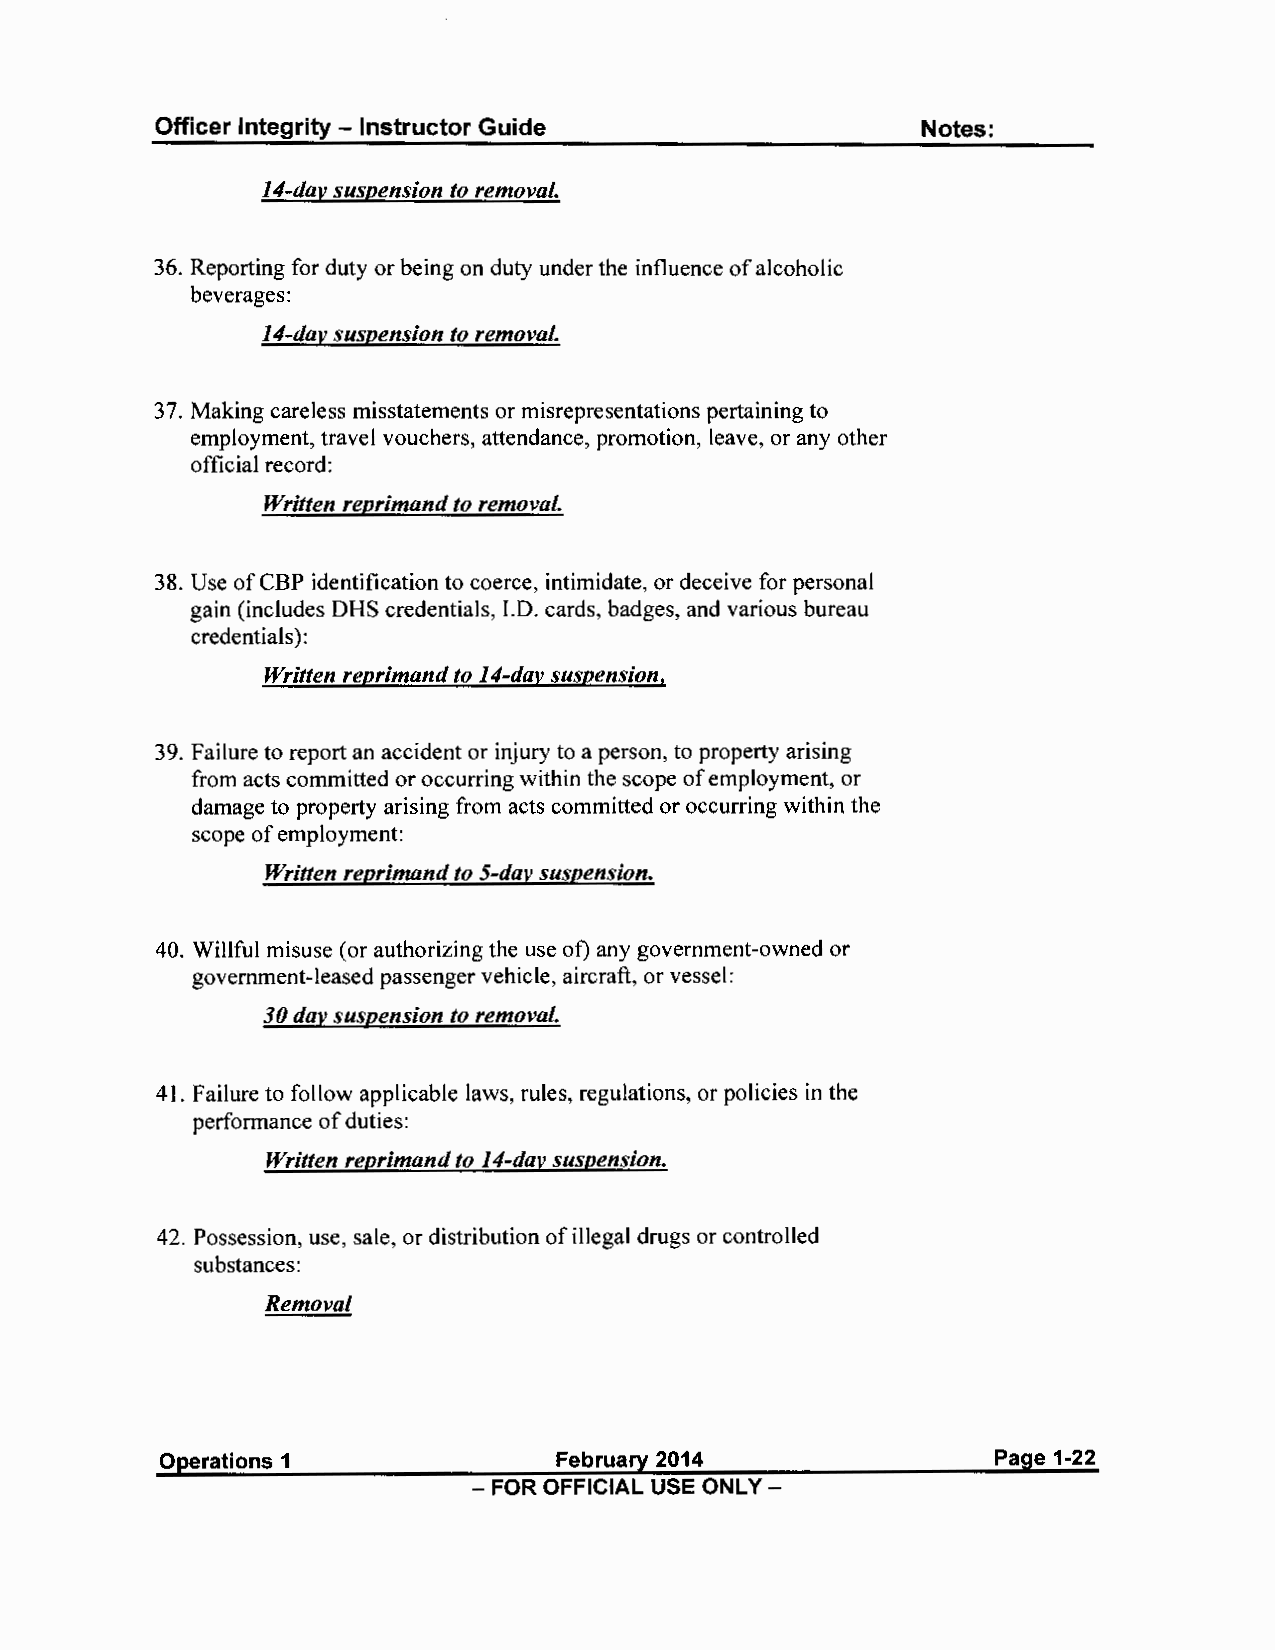
Officer Integrity - Instructor Guide               Notes:
 14-day suspension to removal.
 36. Reporting for duty or being on duty under the influence of alcoholic
 beverages:
 14-day suspension to removal.
 37. Making careless misstatements or misrepresentations pertaining to
 employment, travel vouchers, attendance, promotion, leave, or any other
 official record:
 Written reprimand to removal.
 38. Use of CBP identification to coerce, intimidate, or deceive for personal
 gain (includes DHS credentials, I.D. cards, badges, and various bureau
 credentials):
 Written reprimand to 14-dav suspension,
 39. Failure to report an accident or injury to a person, to property arising
 from acts committed or occurring within the scope of employment, or
 damage to property arising from acts committed or occurring within the
 scope of employment:
 Written reprimand to 5-day suspension.
 40. Willful misuse (or authorizing the use of) any government-owned or
 government-leased passenger vehicle, aircraft, or vessel:
 30 day suspension to removal.
 41. Failure to follow applicable laws, rules, regulations, or policies in the
 performance of duties:
 Written reprimand to 14-dav suspension.
 42. Possession, use, sale, or distribution of illegal drugs or controlled
 substances:
 Removal
 Operations 1               February 2014                Page 1-22
 - FOR OFFICIAL USE ONLY -